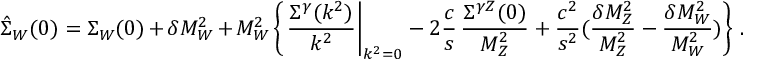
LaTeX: \hat { \Sigma } _ { W } ( 0 ) = { \Sigma } _ { W } ( 0 ) + \delta M _ { W } ^ { 2 } + M _ { W } ^ { 2 } \left\{ \left. { \frac { \Sigma ^ { \gamma } ( k ^ { 2 } ) } { k ^ { 2 } } } \right| _ { k ^ { 2 } = 0 } - 2 { \frac { c } { s } } \, { \frac { \Sigma ^ { \gamma Z } ( 0 ) } { M _ { Z } ^ { 2 } } } + { \frac { c ^ { 2 } } { s ^ { 2 } } } ( { \frac { \delta M _ { Z } ^ { 2 } } { M _ { Z } ^ { 2 } } } - { \frac { \delta M _ { W } ^ { 2 } } { M _ { W } ^ { 2 } } } ) \right\} \, .